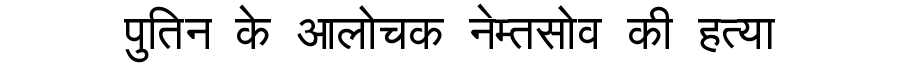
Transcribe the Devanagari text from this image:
पुतिन के आलोचक नेम्तसोव की हत्या